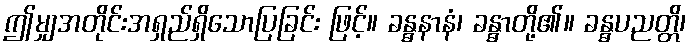
ဤမျှအတိုင်းအရှည်ရှိသောပြခြင်း ဖြင့်။ ခန္ဓနာနံ၊ ခန္ဓာတို့၏။ ခန္ဓပညတ္တိ၊